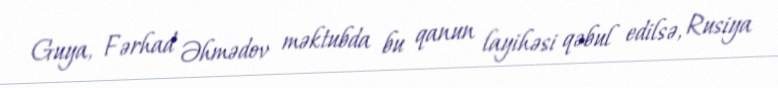
Guya, Fərhad Əhmədov məktubda bu qanun layihəsi qəbul edilsə, Rusiya